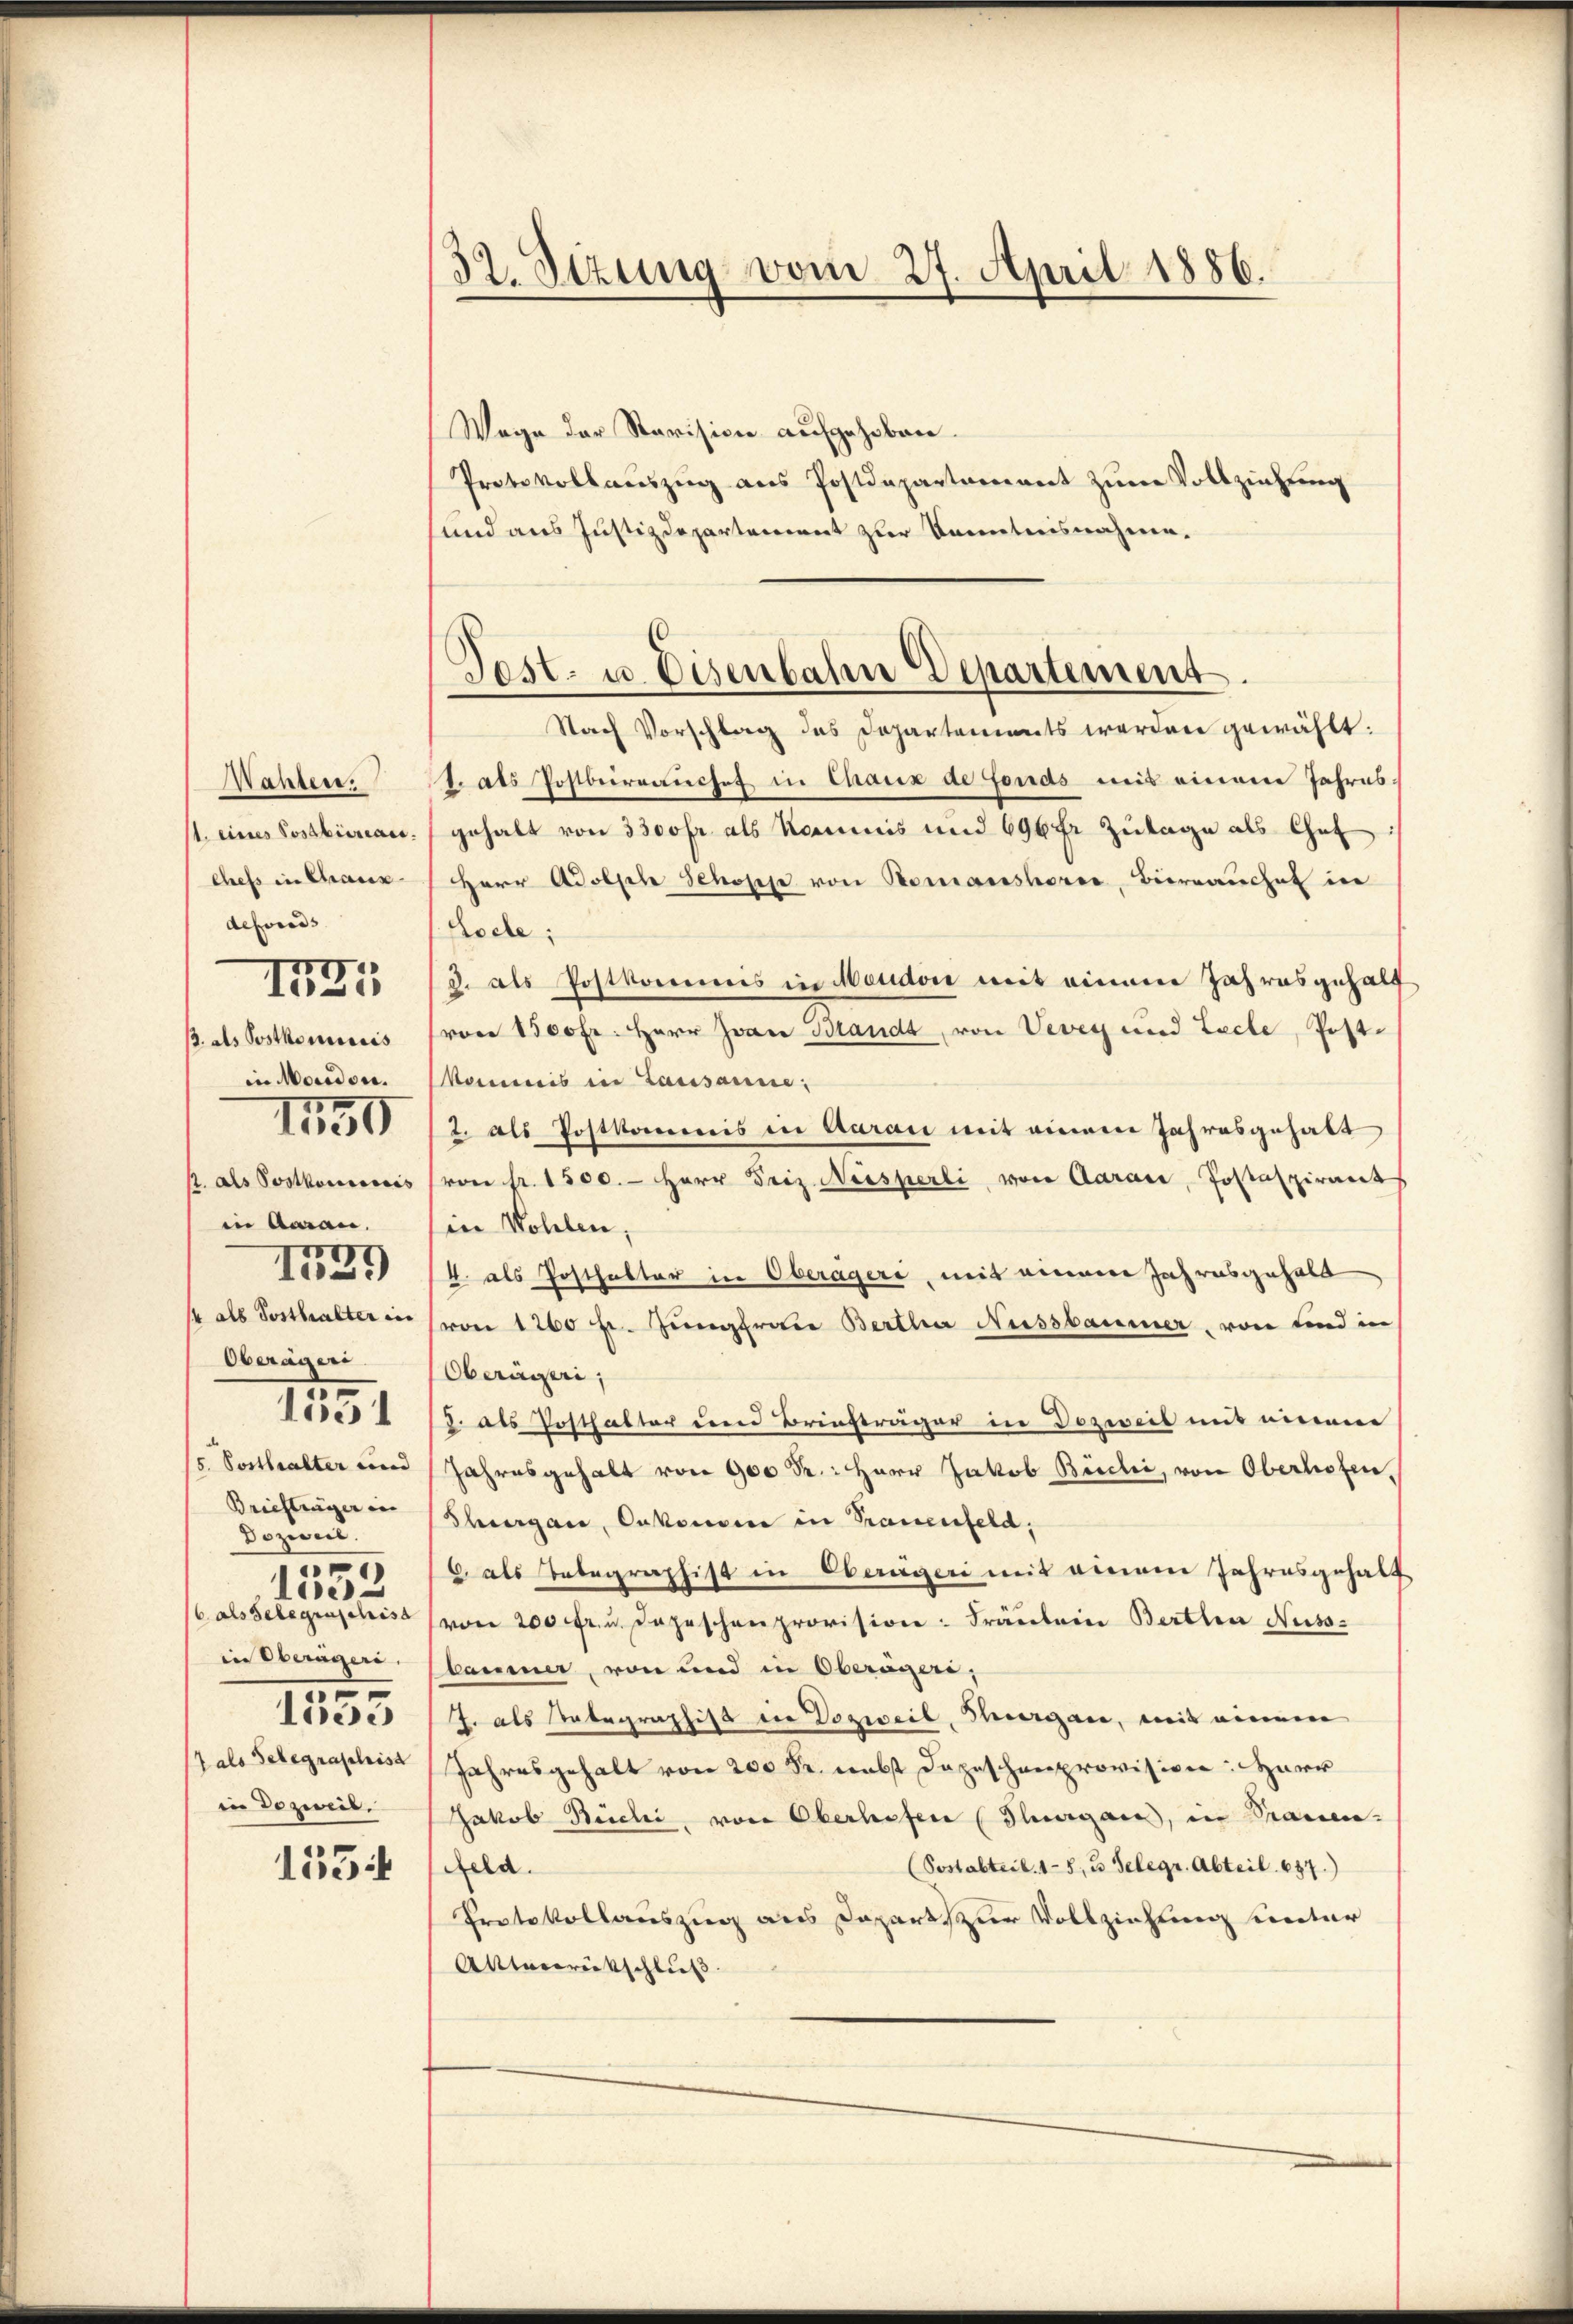
Wahten.
11. eines Posaliereau.
chefs in Chaux-
defonds
p. als Postkommis
in Morden.
1. als Postkoncescis
in Aarau
/4 als Posthalter in
Oberägeri
1551
/5. Posthalter und
Briefträger in
Doziert.
e
loc
/6 als Gelegraschisa
in Oberägeri
1553
7 als Telegraphist
in Dozweib.
1554

IG

1450

1727

32. Sezung vom 27. April 1886.

Wege der Revision aufgehoben.
Protokollaŭszŭg ans Postdepartement zum Vollziehung
und aus Justizdepartement zur Kenntnisnahme.

Fest- u. Eisenbahn Departement

Nach Vorschlag des Departements werden gewählt:
J. als Postbraŭchef in Chaux de fonds mit einem Jahres.
gehalt von 3300 fr. als Kommis und 696 fr Zutage als Chef
Herr Adolph Schoppe von Romanshorer, Bierrauchet in
Rode:
d. als Postkommis in Moudon mit einem Jahresgehalt
(von 1500fr. Herr Zwar Brandt, von Vevey und Lecte, Postkommis in Lausanne:
2. als Postkommis in Aarau mit einem Jahresgehalt
(von Fr. 1500. - Herr Friz Neisperli, von Aarau, Postaspirant
in Wohlen;
4. als Posthalter in Oberägeri, mit einem Jahresgehalt
von 1200 fr. Jungfraue Bertha Aussbaumer, von und in
Oberägeri,
J. als Posthalter den Briefträger in Dozweil mit einem
Jahresgehalt von 900 Sr: Herr Jakob Büchi, von Oberhofen,
Sergane, Oekonomie in Trauenfeld.
6. als Telegraphist in Oberägeri mit einem Jahresgehalt
von 200 fr. u. Depeschenprovision: Fräulein Berthen Nuss-
baumer, von und in Oberägeri,
J. als Tabegraphist die Dozweil, Margau, mit einem
Jahresgehalt von 200 Fr. nebst dazuschenprovision: Herr
Jakob Büchi, von Oberhofen (Glagans, in Trauen-
(Sostabteil. 15, u. Telegr. Abteil. 657.)
feld.
Protokollauszug aus Depart zur Vollziehung unter
Altereitschluß